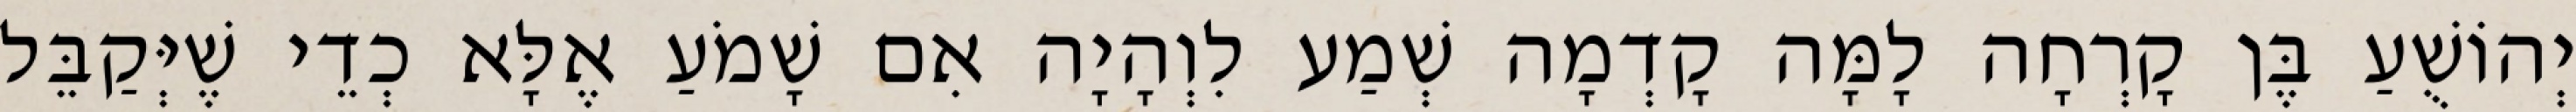
יְהוֹשֻׁעַ בֶּן קָרְחָה לָמָּה קָדְמָה שְׁמַע לִוְהָיָה אִם שָׁמֹעַ אֶלָּא כְדֵי שֶׁיְּקַבֵּל